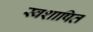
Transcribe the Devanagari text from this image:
स्वशाषित